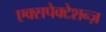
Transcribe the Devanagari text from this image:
एक्सपेक्टेशन्ज़